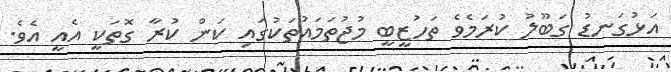
އަޅުގަނޑު ގަބޫލު ކުރަމެވެ ތަހުޒީބީ މުޖުތަމައުތަކުގައި ކަން ކުރާ ގޮތަކީ އެއީ އެވެ.